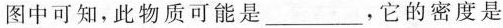
图中可知，此物质可能是___，它的密度是